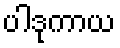
ပါဒုကာယ